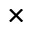
\times